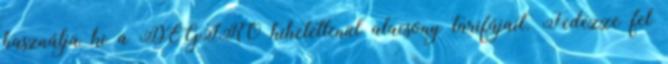
használja ki a DEGIRO hihetetlenül alacsony tarifájait. Fedezze fel